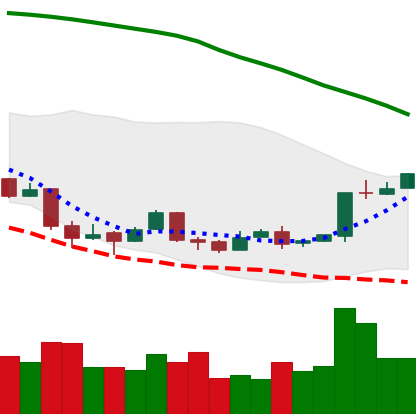
Ticker: BTC-USD
Chart end date: 2018-04-15
Forward return: 6.204%
Label: up_5_7